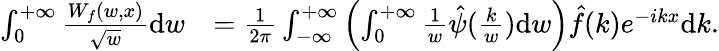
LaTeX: \begin{array}{rl}{\int_{0}^{+\infty}\frac{W_{f}(w,x)}{\sqrt{w}}\mathrm{d}w}&{=\frac{1}{2\pi}\int_{-\infty}^{+\infty}\left(\int_{0}^{+\infty}\frac{1}{w}\hat{\psi}(\frac{k}{w})\mathrm{d}w\right)\hat{f}(k)e^{-ikx}\mathrm{d}k.}\end{array}